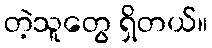
တဲ့သူတွေ ရှိတယ်။